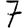
Digit: 7